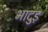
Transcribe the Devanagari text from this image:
भादुड़